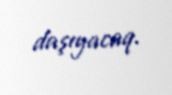
daşıyacaq.